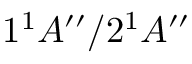
1 { ^ 1 } A ^ { \prime \prime } / 2 { ^ 1 } A ^ { \prime \prime }